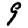
Digit: 9